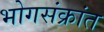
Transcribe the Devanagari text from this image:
भोगसंक्रांत